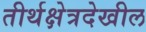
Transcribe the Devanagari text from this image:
तीर्थक्षेत्रदेखील